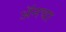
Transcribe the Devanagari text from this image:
अॅनचा